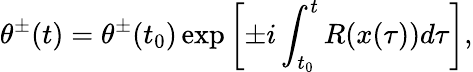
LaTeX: \theta^{\pm}(t)=\theta^{\pm}(t_{0})\exp\left[\pm i\int_{t_{0}}^{t}R(x(\tau))d\tau\right],